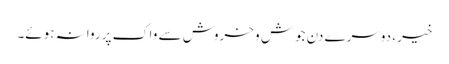
خیر، دوسرے دن جوش و خروش سے واک پر روانہ ہوئے۔